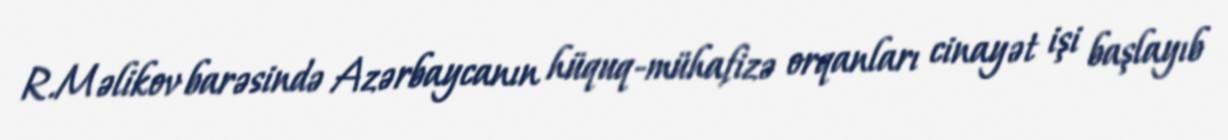
R.Məlikov barəsində Azərbaycanın hüquq-mühafizə orqanları cinayət işi başlayıb